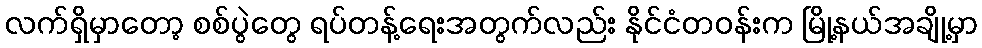
လက်ရှိမှာတော့ စစ်ပွဲတွေ ရပ်တန့်ရေးအတွက်လည်း နိုင်ငံတဝန်းက မြို့နယ်အချို့မှာ